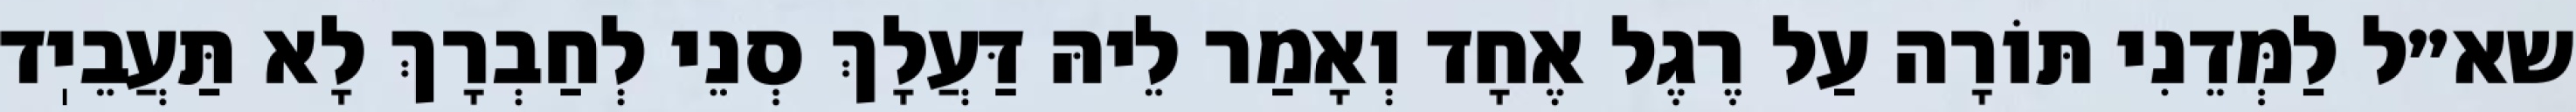
שא״ל לַמְּדֵנִי תּוֹרָה עַל רֶגֶל אֶחָד וְאָמַר לֵיהּ דַּעֲלָךְ סְנֵי לְחַבְרָךְ לָא תַּעֲבֵיֽד